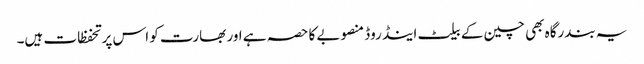
یہ بندرگاہ بھی چین کے بیلٹ اینڈ روڈ منصوبے کا حصہ ہے اور بھارت کو اس پر تحفظات ہیں۔